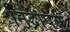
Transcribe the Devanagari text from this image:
निंद्रापक